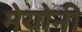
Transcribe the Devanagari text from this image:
मेयोनी